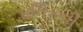
ધનિકની